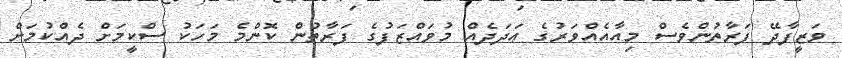
ވަޒީފާދޭ ފަރާތުންވެސް މިއާއެއްވަރުގެ ޢަދަދެއް މުވައްޒަފުގެ ފަރާތުން ކޮންމެ މަހަކު ސްކީމަށް ދެއްކުމަށް